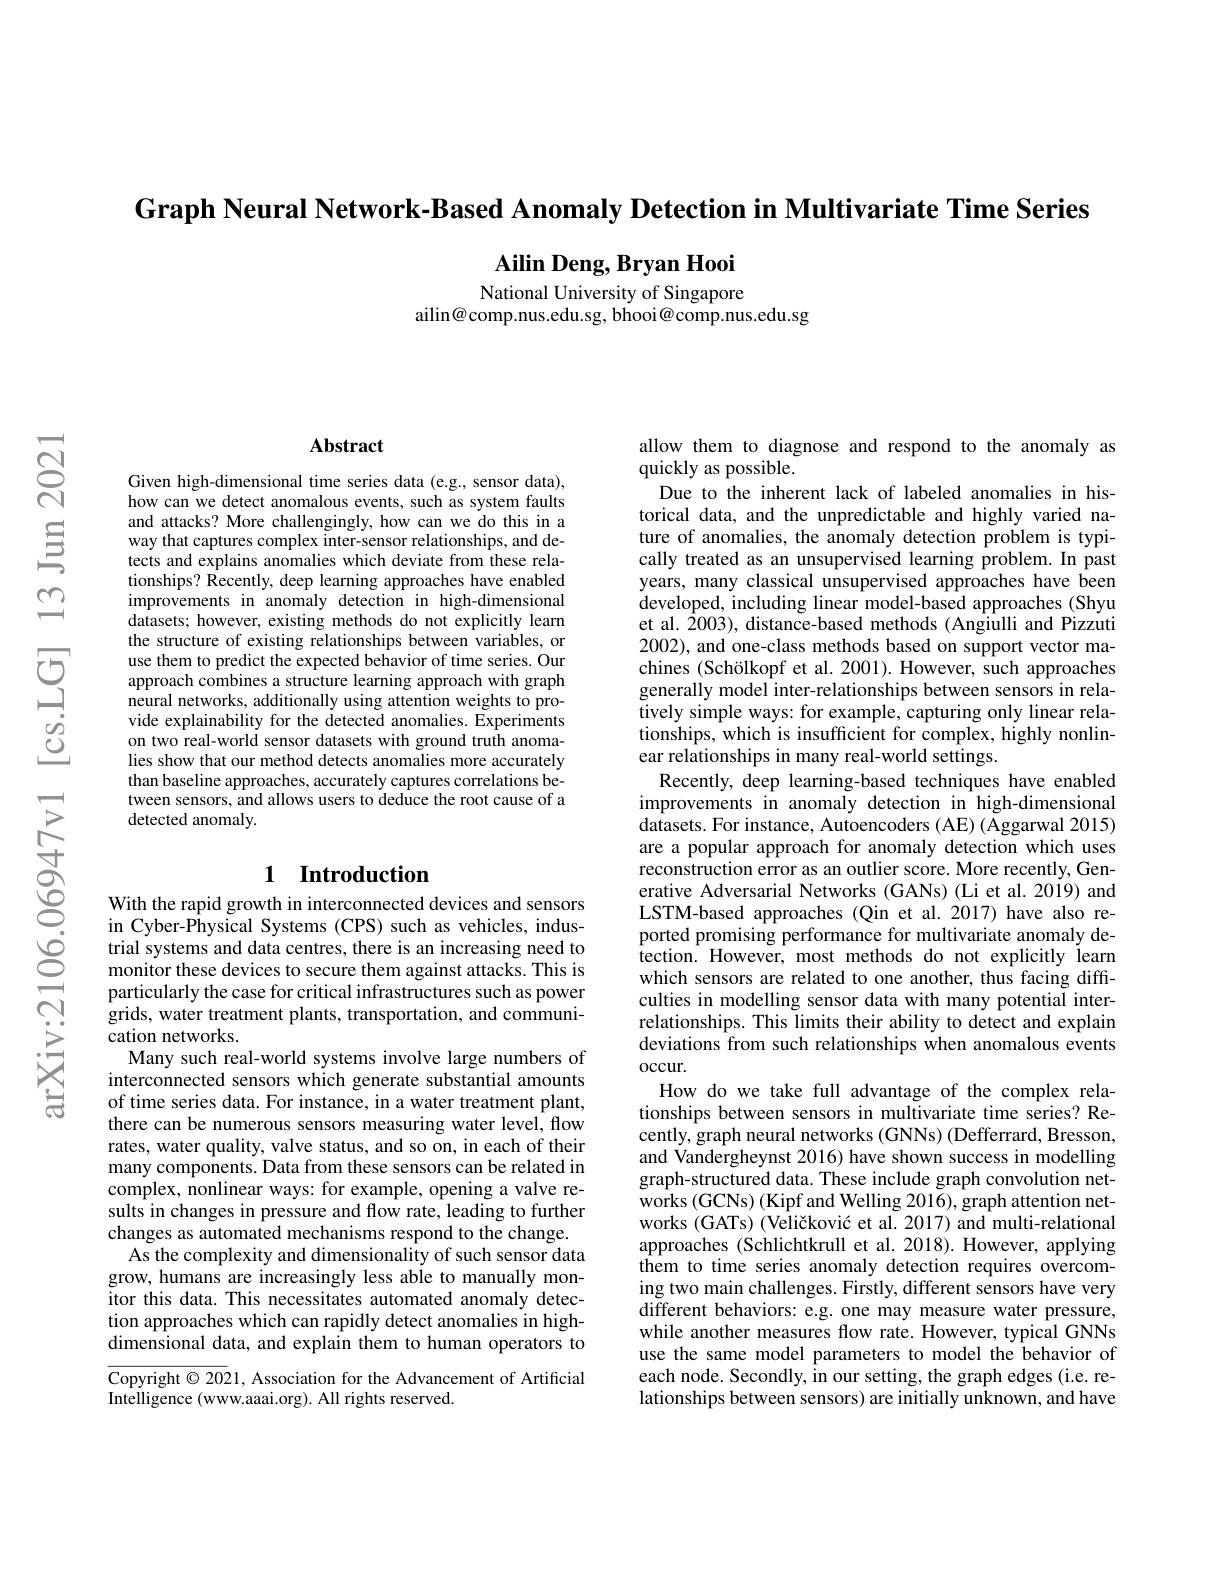
Graph Neural Network-Based Anomaly Detection in Multivariate Time Series

Ailin Deng, Bryan Hooi National University of Singapore

ailin@ comp.nus.edu.sg, bhooi@ comp.nus.edu.sg

### $\mathbf{Abstract}$

Given high-dimensional time series data (e.g., sensor data), how can we detect anomalous events, such as system faults and attacks? More challengingly, how can we do this in a way that captures complex inter-sensor relationships, and detects and explains anomalies which deviate from these relationships? Recently, deep learning approaches have enabled improvements in anomaly detection in high-dimensional datasets; however, existing methods do not explicitly learn the structure of existing relationships between variables, or use them to predict the expected behavior of time series. Our approach combines a structure learning approach with graph neural networks, additionally using attention weights to provide explainability for the detected anomalies. Experiments on two real-world sensor datasets with ground truth anomalies show that our method detects anomalies more accurately than baseline approaches, accurately captures correlations between sensors, and allows users to deduce the root cause of a detected anomaly.

## 1 Introduction

With the rapid growth in interconnected devices and sensors in Cyber-Physical Systems (CPS) such as vehicles, industrial systems and data centres, there is an increasing need to monitor these devices to secure them against attacks. This is particularly the case for critical infrastructures such as power grids, water treatment plants, transportation, and communication networks.
Many such real-world systems involve large numbers of interconnected sensors which generate substantial amounts of time series data. For instance, in a water treatment plant, there can be numerous sensors measuring water level, flow rates, water quality, valve status, and so on, in each of their many components. Data from these sensors can be related in complex, nonlinear ways: for example, opening a valve results in changes in pressure and flow rate, leading to further changes as automated mechanisms respond to the change.
As the complexity and dimensionality of such sensor data grow, humans are increasingly less able to manually monitor this data. This necessitates automated anomaly detection approaches which can rapidly detect anomalies in highdimensional data, and explain them to human operators to

Copyright $\odot2021$, Association for the Advancement of Artificial
Intelligence (www.aaai.org). All rights reserved.

allow them to diagnose and respond to the anomaly as

quickly as possible.
Due to the inherent lack of labeled anomalies in historical data, and the unpredictable and highly varied nature of anomalies, the anomaly detection problem is typically treated as an unsupervised learning problem. In past years, many classical unsupervised approaches have been developed, including linear model-based approaches (Shyu et al. $\hat{2}003)$, distance-based methods (Angiulli and Pizzuti 2002), and one-class methods based on support vector machines (Schölkopf et al. 2001). However, such approaches generally model inter-relationships between sensors in relatively simple ways: for example, capturing only linear relationships, which is insufficient for complex, highly nonlinear relationships in many real-world settings.
Recently, deep learning-based techniques have enabled improvements in anomaly detection in high-dimensional datasets. For instance, Autoencoders ( AE) ( Aggarwal 2015) are a popular approach for anomaly detection which uses reconstruction error as an outlier score. More recently, Generative Adversarial Networks (GANs) (Li et al. 2019) and LSTM-based approaches (Qin et al.2017) have also reported promising performance for multivariate anomaly detection. However, most methods do not explicitly Iearn which sensors are related to one another, thus facing difficulties in modelling sensor data with many potential interrelationships. This limits their ability to detect and explain deviations from such relationships when anomalous events occur.
How do we take full advantage of the complex relationships between sensors in multivariate time series? Recently, graph neural networks (GNNs) (Defferrard, Bresson, and Vandergheynst 2016) have shown success in modelling graph-structured data. These include graph convolution net- $\hat{\mathrm{works~(GCNs)~(Kipf~and~Welling~2016),~graph~attention~net-}}$ works (GATs) (Veličković et al. 2017) and multi-relational approaches (Schlichtkrull et al. 2018). However, applying them to time series anomaly detection requires overcoming two main challenges. Firstly, different sensors have very different behaviors: e.g. one may measure water pressure, while another measures flow rate. However, typical GNNs use the same model parameters to model the behavior of each node. Secondly, in our setting, the graph edges (i.e. relationships between sensors) are initially unknown, and have